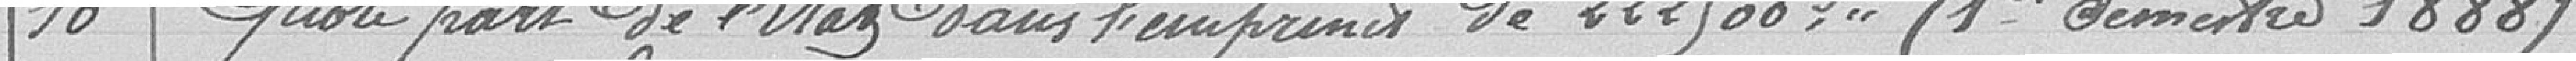
10. Quote part de l'Etat dans l'emprunt de 222.500 francs (1er semestre 1888)